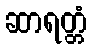
ဆာရတ္တံ